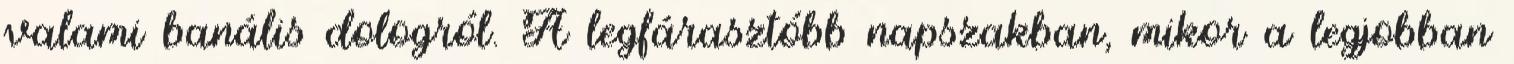
valami banális dologról. A legfárasztóbb napszakban, mikor a legjobban